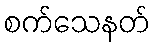
စက်သေနတ်